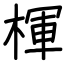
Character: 楎